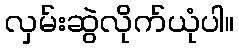
လှမ်းဆွဲလိုက်ယုံပါ။